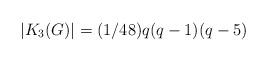
LaTeX: \begin{align*}|K_3(G)|= (1/48) q (q-1) (q-5)\end{align*}